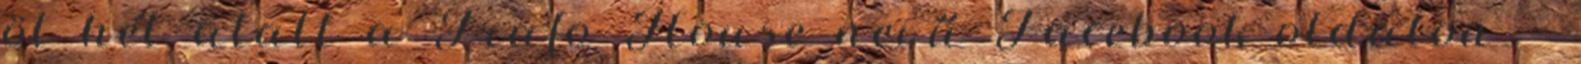
öt hét alatt a Trafo House nevű Facebook-oldalon —